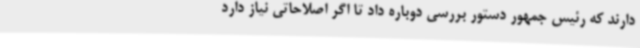
دارند که رئیس جمهور دستور بررسی دوباره داد تا اگر اصلاحاتی نیاز دارد